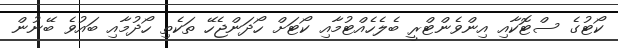
ކޯޓުގެ ސްޓޮކާއި އިންވެންޓްރީ ބެލެހެއްޓުމާއި ކޯޓަށް ހޯދަންޖެހޭ ތަކެތި ހޯދުމާއި ބައުވެ ބޭނުން